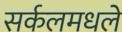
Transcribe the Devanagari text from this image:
सर्कलमधले